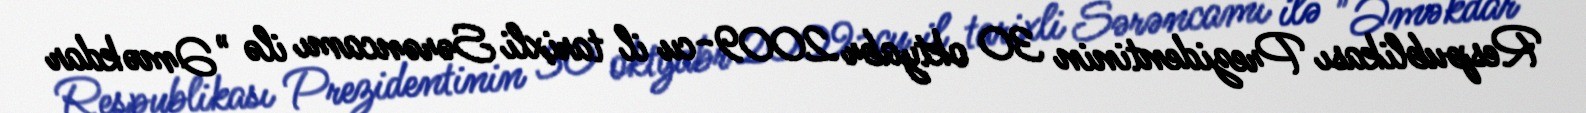
Respublikası Prezidentinin 30 oktyabr 2009-cu il tarixli Sərəncamı ilə "Əməkdar